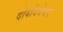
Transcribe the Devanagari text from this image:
दोषविवेचन